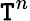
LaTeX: \mathtt{T}^{n}